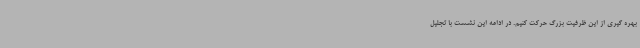
بهره گیری از این ظرفیت بزرگ حرکت کنیم. در ادامه این نشست با تجلیل